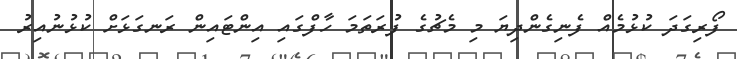
ފޯރިގަދަ ކުޅުމެއް ފެނިގެންދިޔަ މި މެޗުގެ ފުރަތަމަ ހާފްގައި އިންޓައިން ރަނގަޅަށް ކުޅުނުއިރު